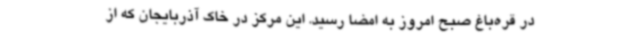
در قره‌باغ صبح امروز به امضا رسید. این مرکز در خاک آذربایجان که از